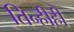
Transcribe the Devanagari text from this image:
तिन्हीही